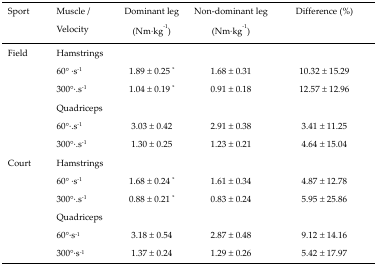
| Sport | Muscle / Velocity | Dominant leg (Nm·kg−1) | Non-dominant leg (Nm·kg−1) | Difference (%) |
 | --- | --- | --- | --- | --- |
 | <ROWSPAN=6> Field | Hamstrings |  |  |  |
 | 60° ·s−1 | 1.89 ± 0.25 * | 1.68 ± 0.31 | 10.32 ± 15.29 |
 | 300° ·.s−1 | 1.04 ± 0.19 * | 0.91 ± 0.18 | 12.57 ± 12.96 |
 | Quadriceps |  |  |  |
 | 60°·.s−1 | 3.03 ± 0.42 | 2.91 ± 0.38 | 3.41 ± 11.25 |
 | 300°· ̇s−1 | 1.30 ± 0.25 | 1.23 ± 0.21 | 4.64 ± 15.04 |
 | <ROWSPAN=6> Court | Hamstrings |  |  |  |
 | 60° ·s−1 | 1.68 ± 0.24 * | 1.61 ± 0.34 | 4.87 ± 12.78 |
 | 300°· ̇s−1 | 0.88 ± 0.21 * | 0.83 ± 0.24 | 5.95 ± 25.86 |
 | Quadriceps |  |  |  |
 | 60°·s−1 | 3.18 ± 0.54 | 2.87 ± 0.48 | 9.12 ± 14.16 |
 | 300°·s−1 | 1.37 ± 0.24 | 1.29 ± 0.26 | 5.42 ± 17.97 |